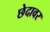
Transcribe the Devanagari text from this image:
छेदावर